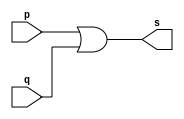
// ------------------------- 
// Exemplo0004 - OR 
// Nome: Andr Henriques Fernandes 
// ------------------------- 
 
// ------------------------- 
// -- or gate 
// ------------------------- 
module orgate ( output s, 
                            input   p, q); 
 assign s = p | q; 
endmodule // orgate 
 
// --------------------- 
// -- test or gate 
// --------------------- 
module testorgate; 
// ------------------------- dados locais 
   reg   a, b; // definir registradores 
   wire  s;    // definir conexao (fio) 
// ------------------------- instancia 
   orgate OR1 (s, a, b); 
// ------------------------- preparacao 
   initial begin:start 
      a=0; b=0; 
   end 
 
 // ------------------------- parte principal 
 
   initial begin 
      $display("Exemplo 0004 - Andre Henriques Fernandes - 427386"); 
      $display("Test OR gate"); 
      $display("\na | b = s\n"); 
      a=0; b=0; 
  #1  $display("%b | %b = %b", a, b, s); 
      a=0; b=1; 
  #1  $display("%b | %b = %b", a, b, s); 
      a=1; b=0; 
  #1  $display("%b | %b = %b", a, b, s); 
      a=1; b=1; 
  #1  $display("%b | %b = %b", a, b, s); 
 end 
 
endmodule // testorgate